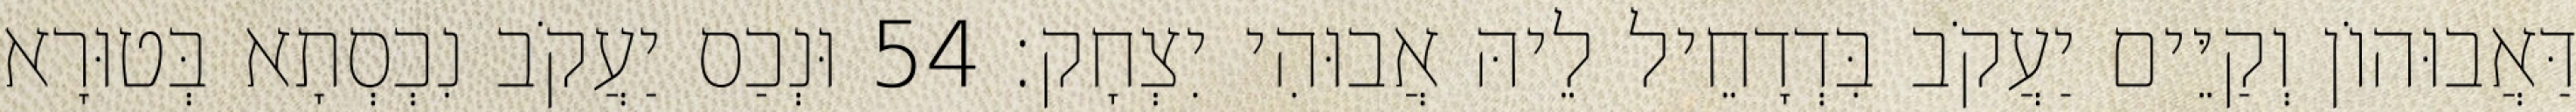
דַּאֲבוּהוֹן וְקַיֵּים יַעֲקֹב בִּדְדָחֵיל לֵיהּ אֲבוּהִי יִצְחָק׃ 54 וּנְכַס יַעֲקֹב נִכְסְתָא בְּטוּרָא